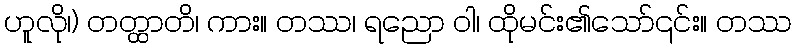
ဟူလို၊) တတ္ထာတိ၊ ကား။ တဿ၊ ရညော ဝါ၊ ထိုမင်း၏သော်၎င်း။ တဿ